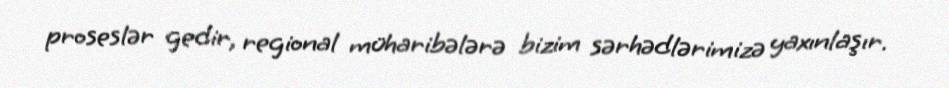
proseslər gedir, regional müharibələrə bizim sərhədlərimizə yaxınlaşır.